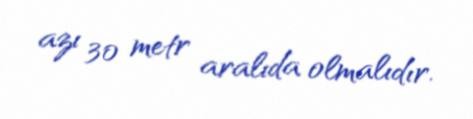
azı 30 metr aralıda olmalıdır.